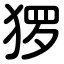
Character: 猡